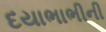
દયાભાભીની